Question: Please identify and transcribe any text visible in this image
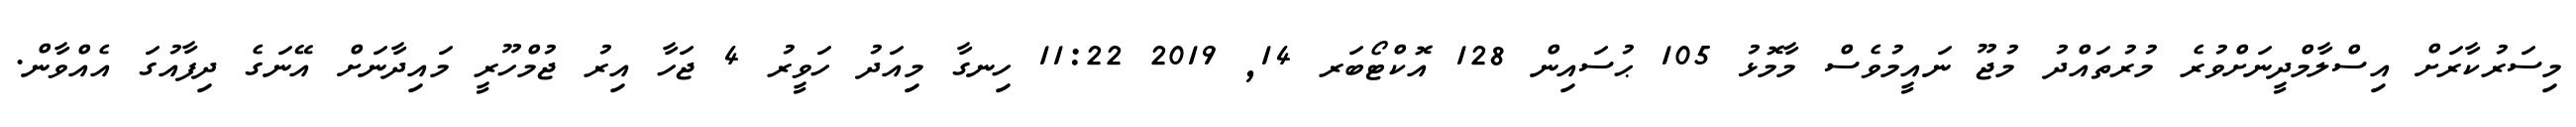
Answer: މިސަރުކާރަށް އިސްލާމްދީނަށްވުރެ މުރުތައްދު މުޖޫ ނައީމުވެސް މާމޮޅު 105 ޙުސައިން 128 އޮކްޓޯބަރ 14, 2019 11:22 ހިނގާ މިއަދު ހަވީރު 4 ޖަހާ އިރު ޖުމްހޫރީ މައިދާނަށް އޭނަގެ ދިފާއުގަ އެއްވާން.